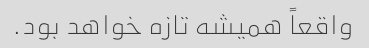
واقعاً همیشه تازه خواهد بود.